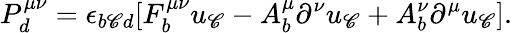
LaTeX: P_{d}^{\mu\nu}=\epsilon_{b\mathscr{C}d}[F_{b}^{\mu\nu}u_{\mathscr{C}}-A_{b}^{\mu}\partial^{\nu}u_{\mathscr{C}}+A_{b}^{\nu}\partial^{\mu}u_{\mathscr{C}}].